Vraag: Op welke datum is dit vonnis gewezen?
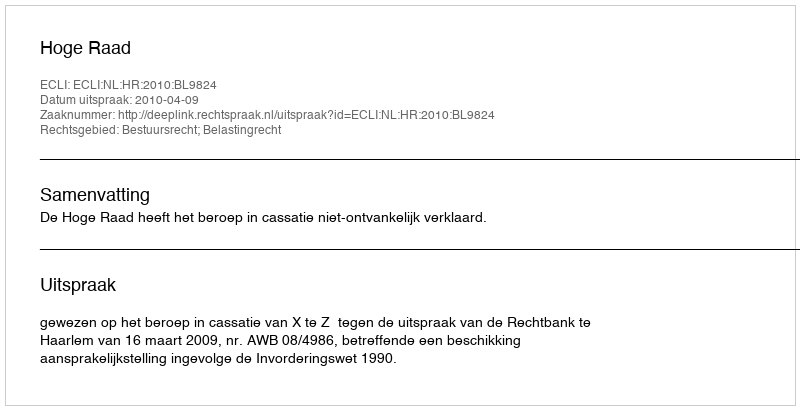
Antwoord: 2010-04-09